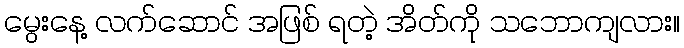
မွေးနေ့ လက်ဆောင် အဖြစ် ရတဲ့ အိတ်ကို သဘောကျလား။